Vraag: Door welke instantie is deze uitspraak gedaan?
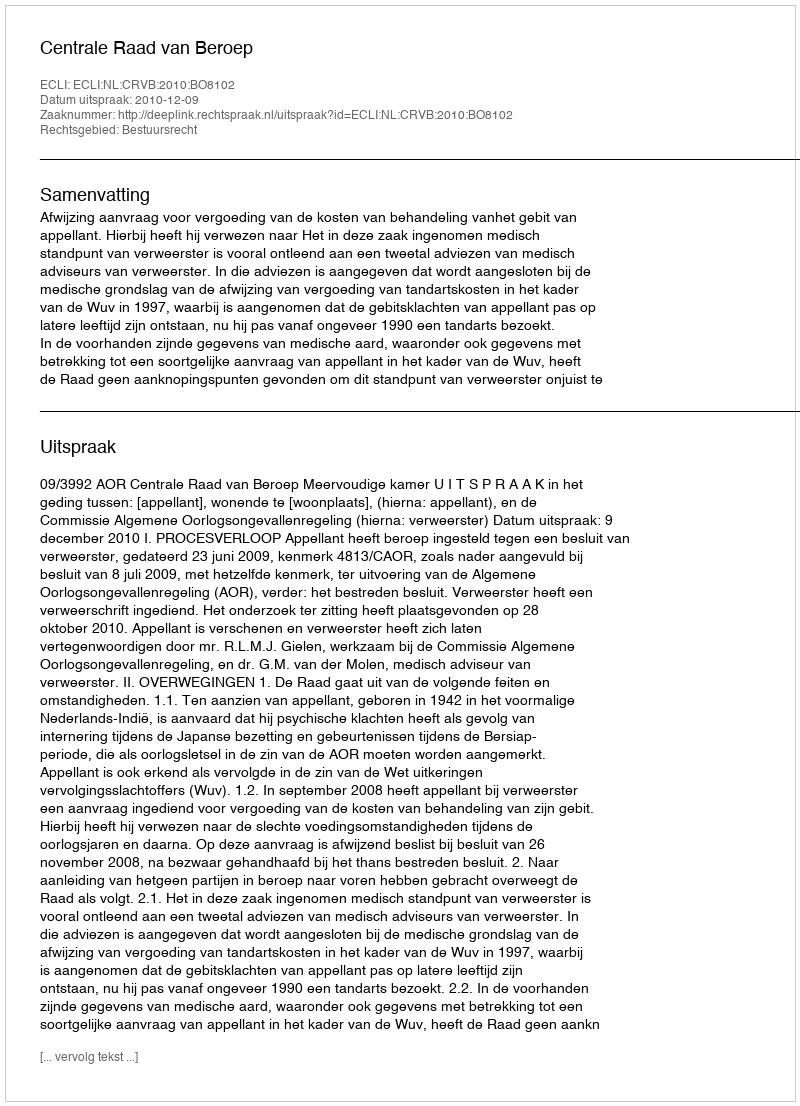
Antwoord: Centrale Raad van Beroep